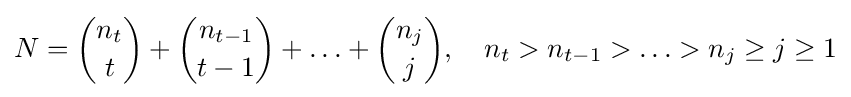
N={\binom {n_{t}}{t}}+{\binom {n_{t-1}}{t-1}}+\ldots +{\binom {n_{j}}{j}},\quad n_{t}>n_{t-1}>\ldots >n_{j}\geq j\geq 1